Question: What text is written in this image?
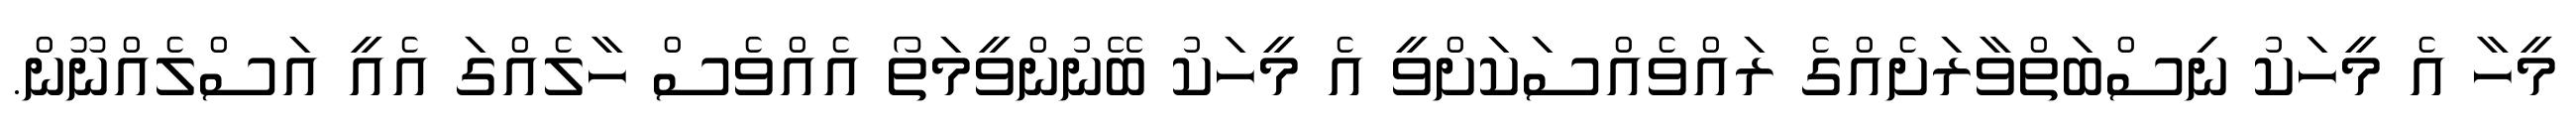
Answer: މީހާ އެ މީހަކު ނިސްބަތްވާރަށެއްގެ ރައްވެއްސަކަށްވީ އެ މީހަކު ބޭނުންވީމަތޯ އެއްވެސް ހާލެއްގަ އެއީ އަސްލެއްނޫން.